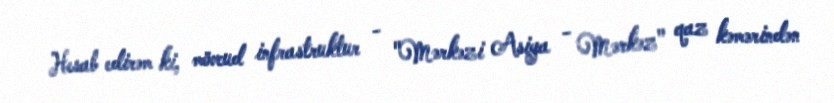
Hesab edirəm ki, mövcud infrastruktur - "Mərkəzi Asiya - Mərkəz" qaz kəmərindən